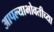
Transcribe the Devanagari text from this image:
आपल्याभोवतीच्या